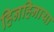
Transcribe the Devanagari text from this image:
हिनहिनाया